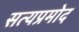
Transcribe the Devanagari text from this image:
सत्यप्रमोद